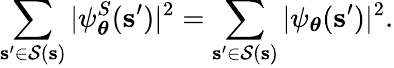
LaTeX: \sum_{\mathbf{s^{\prime}}\in\mathcal{S}(\mathbf{s})}|\psi_{\boldsymbol\theta}^{S}(\mathbf{s^{\prime}})|^{2}=\sum_{\mathbf{s^{\prime}}\in\mathcal{S}(\mathbf{s})}|\psi_{\boldsymbol\theta}(\mathbf{s^{\prime}})|^{2}.